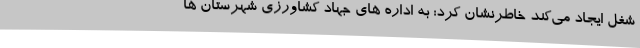
شغل ایجاد می‌کند خاطرنشان کرد: به اداره های جهاد کشاورزی شهرستان ها